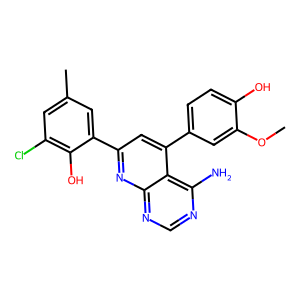
SMILES: COc1cc(-c2cc(-c3cc(C)cc(Cl)c3O)nc3ncnc(N)c23)ccc1O
Inhibits HIV replication: No